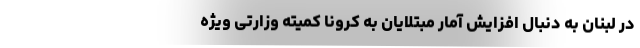
در لبنان به دنبال افزایش آمار مبتلایان به کرونا کمیته وزارتی ویژه